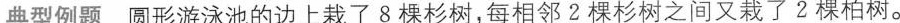
典型例题 圆形游泳池的边上栽了8棵杉树，每相邻2棵杉树之间又栽了2棵柏树。